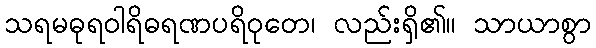
သရမဓုရဝါရိဓရဏပရိဝုတေ၊ လည်းရှိ၏။ သာယာစွာ